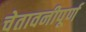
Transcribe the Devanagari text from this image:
चेतावनीपूर्ण